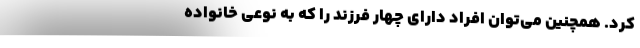
کرد. همچنین می‌توان افراد دارای چهار فرزند را که به نوعی خانواده